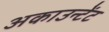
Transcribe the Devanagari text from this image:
अकाउन्टेंट